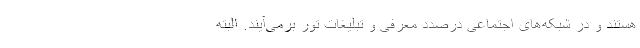
هستند و در شبکه‌های اجتماعی درصدد معرفی و تبلیغات تور برمی‌آیند. البته